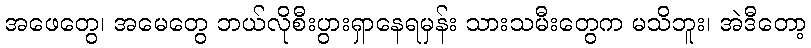
အဖေတွေ၊ အမေတွေ ဘယ်လိုစီးပွားရှာနေရမှန်း သားသမီးတွေက မသိဘူး၊ အဲဒီတော့